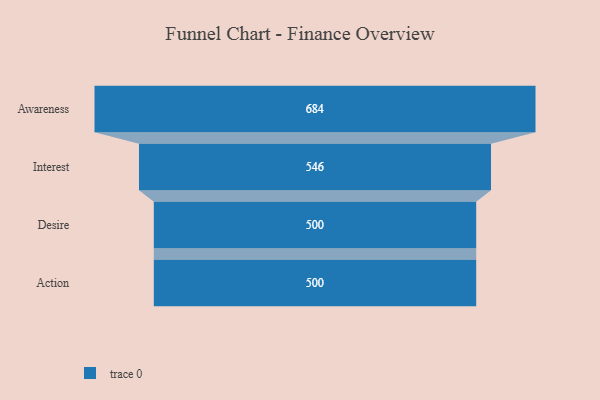
{"axis": {"x": "Stage", "y": "Value"}, "legend": [""], "data": [{"x": "Awareness", "y": 684.0, "type": ""}, {"x": "Interest", "y": 546.0, "type": ""}, {"x": "Desire", "y": 500, "type": ""}, {"x": "Action", "y": 500, "type": ""}]}